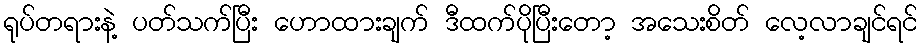
ရုပ်တရားနဲ့ ပတ်သက်ပြီး ဟောထားချက် ဒီထက်ပိုပြီးတော့ အသေးစိတ် လေ့လာချင်ရင်